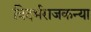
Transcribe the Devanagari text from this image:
विदर्भराजकन्या